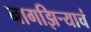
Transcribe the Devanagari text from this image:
नागझिऱ्याचं